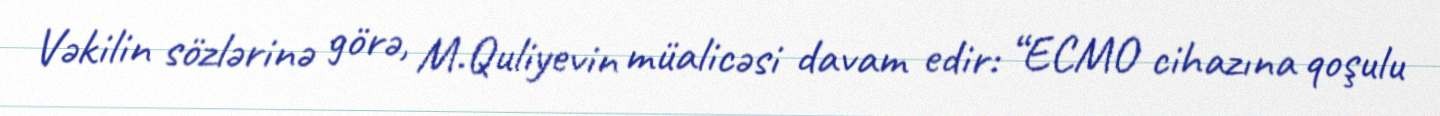
Vəkilin sözlərinə görə, M.Quliyevin müalicəsi davam edir: “ECMO cihazına qoşulu